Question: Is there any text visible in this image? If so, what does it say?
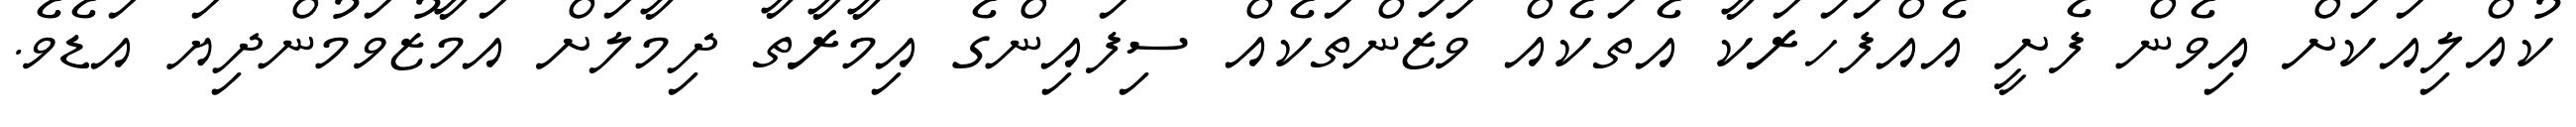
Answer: ކުއްލިއަކަށް އިވެން ފެށީ އެއްފަހަރަކާ އެތަކެއް ވަޒަންތަކެއް ސިފައިންގެ އިމާރާތާ ދިމާލަށް އަމާޒުވަމުންދިޔަ އަޑެވެ.